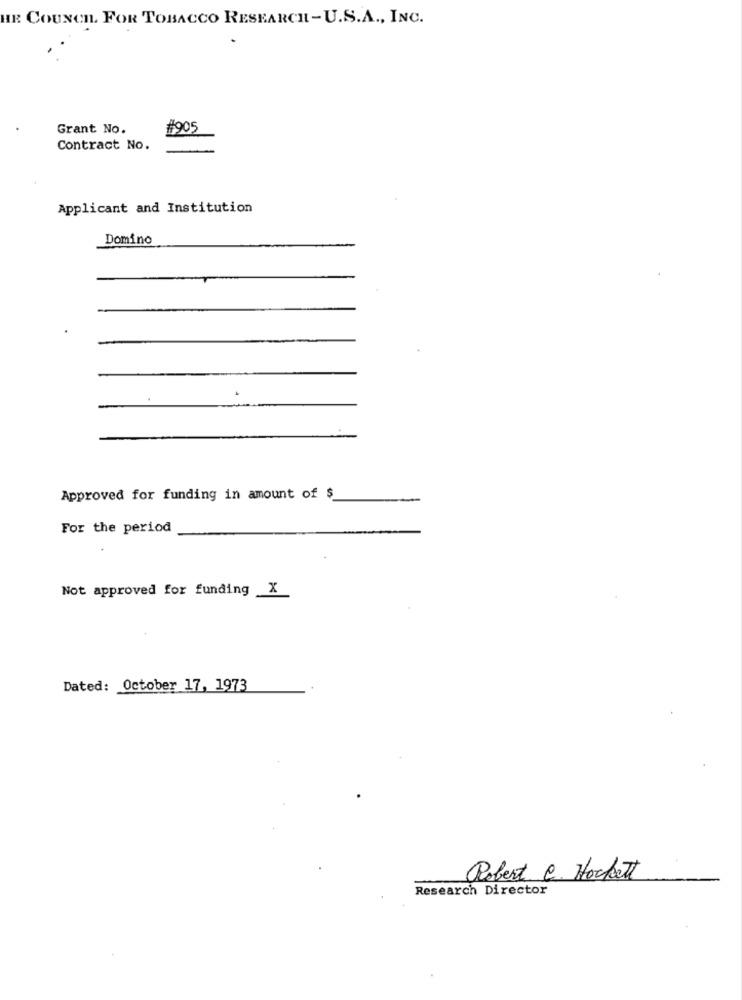
HE COUNCH. FOR TOBACCO RESEARCH -U.S.A ., INC.
Grant No.
#905
Contract No.
Applicant and Institution
Domino
Approved for funding in amount of $
For the period
Not approved for funding _X
Dated: October 17, 1973
Robert e. Hockett
Research Director